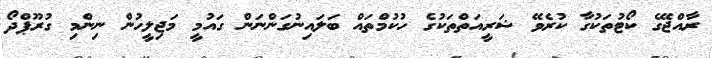
ރާއްޖޭގެ ކޯޓުތަކުގާ ކުރެވޭ ޝަރީއަތްތަކުގެ ހުކުމްތައް ބަލައިނުގަންނަން ގައުމީ މަޖިލީހުން ނިންމި ގުރޫޕްދޯ